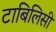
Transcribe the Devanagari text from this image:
टाबिलिसी